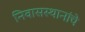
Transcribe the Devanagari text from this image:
निवासस्थानांचे